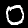
Digit: 0